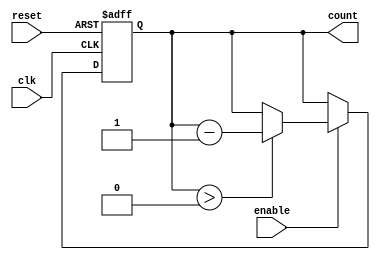
module binary_down_counter (
    input wire clk,          // Clock input
    input wire reset,        // Asynchronous reset input
    input wire enable,       // Enable counting
    output reg [N-1:0] count // Current count value output
);
    parameter N = 3; // Number of bits for the counter (3 bits for counting down from 7 to 0)

    // Asynchronous reset and counting logic
    always @(posedge clk or posedge reset) begin
        if (reset) begin
            count <= (1 << N) - 1; // Initialize to maximum value (e.g., 7 for 3 bits)
        end else if (enable) begin
            if (count > 0) begin
                count <= count - 1; // Decrement the count
            end
            // If count is already 0, it stays at 0
        end
    end
endmodule